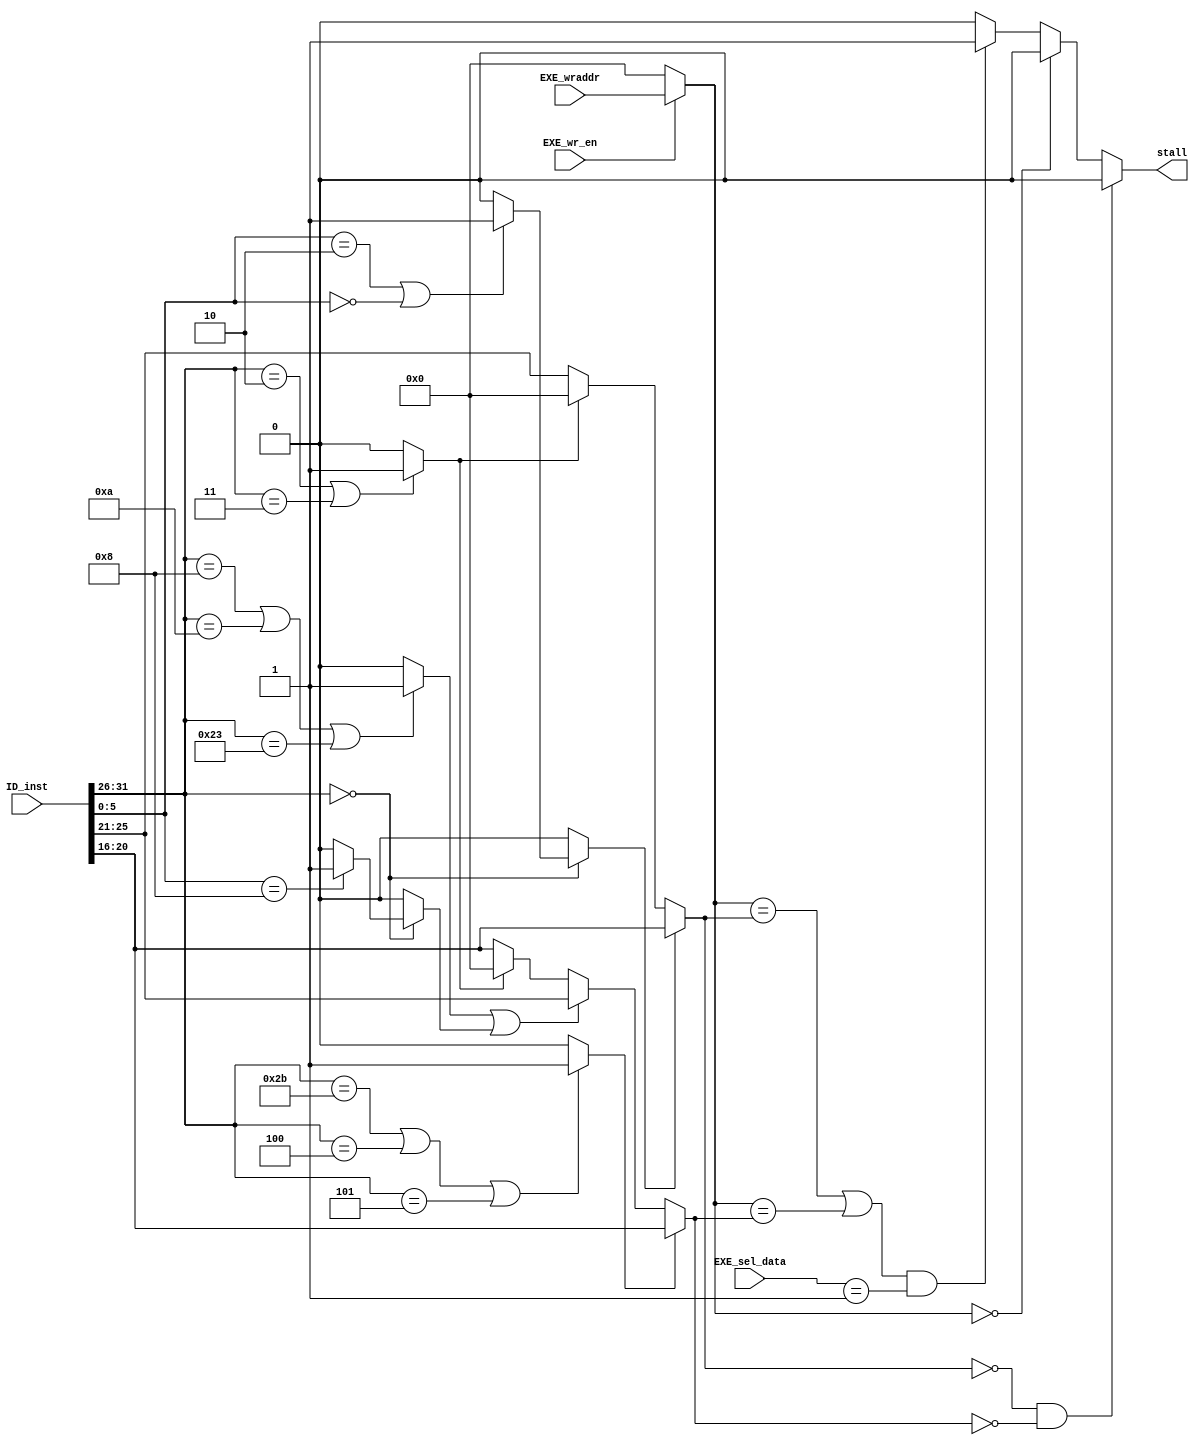
`timescale 1ns/1ps

module stalling_unit(
	input [31:0] ID_inst,
	input [4:0] EXE_wraddr,
	input [1:0] EXE_sel_data,
	input EXE_wr_en,
	output reg stall
);
	// Parameters for func & opcode
	parameter SLL = 6'h00;	// func
	parameter SRL = 6'h02;	// func
	parameter JR = 6'h08;	// func

	parameter ADDI = 6'h08;	// opcode
	parameter SLTI = 6'h0a;	// opcode
	parameter LW = 6'h23;	// opcode
	parameter SW = 6'h2b;	// opcode
	parameter BEQ = 6'h04;	// opcode
	parameter BNE = 6'h05;	// opcode

	parameter JUMP = 6'h02;	// opcode
	parameter JAL = 6'h03;	// opcode

	wire [4:0] ID_read1, ID_read2;				// Registers being read from
	wire [4:0] EXE_write;						// Register being written to
	
	wire [5:0] ID_opcode, ID_func;
	wire [4:0] ID_rs, ID_rt;

	wire Rtype1, Rtype2, Itype1, Itype2, JtypeJR, Jtype;	// determines the inst type
															// Rtype1: ADD, SUB, SLT
															// Rtype2: SLL, SRL
															// Itype1: ADDI, SLTI, LW
															// Itype2: SW, BEQ, BNE
															// JtypeJR: JR
															// Jtype: J, JAL

	assign Rtype2 = (ID_opcode == 6'd0)? (((ID_func == SRL)||(ID_func == SLL))? 1: 0 ) : 0;
	assign Rtype1 = ~Rtype2;
	assign Jtype = (ID_opcode == JUMP)||(ID_opcode == JAL)? 1 : 0;
	assign Itype1 = ((ID_opcode == ADDI)||(ID_opcode == SLTI)||(ID_opcode == LW))? 1 : 0;
	assign Itype2 = ((ID_opcode == SW)||(ID_opcode == BEQ)||(ID_opcode == BNE))? 1 : 0;
	assign JtypeJR = (ID_opcode == 6'h0)? ((ID_func == JR)? 1: 0) : 0;

	assign ID_opcode = ID_inst[31:26];
	assign ID_func = ID_inst[5:0];
	assign ID_rs = ID_inst[25:21];
	assign ID_rt = ID_inst[20:16];

	// Assign read registers & write registers
	assign ID_read1 = Rtype2? ID_rt : (Jtype? 5'h0 : ID_rs );
	assign ID_read2 = Itype2? ID_rt : ((Itype1 || JtypeJR)? ID_rs : (Jtype? 5'h0:  ID_rt));
	
	assign EXE_write = EXE_wr_en? EXE_wraddr : 6'h0;

	// Check for stalls from the EXE stage
	always@(*) begin
		if((ID_read1 == 0) && (ID_read2 == 0))
			stall = 0;
		else begin
			if(EXE_write == 0)
				stall = 0;
			else begin
				// Check if EXE_instruction is LW
				if( ((EXE_write == ID_read1) || (EXE_write == ID_read2)) && (EXE_sel_data == 2'd1) )
					stall = 1;
				else
					stall = 0;
			end
		end
	end
endmodule